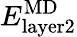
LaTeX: E_{\mathrm{layer2}}^{\mathrm{{MD}}}